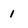
Character: 1